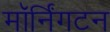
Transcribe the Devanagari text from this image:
मॉर्निंगटन